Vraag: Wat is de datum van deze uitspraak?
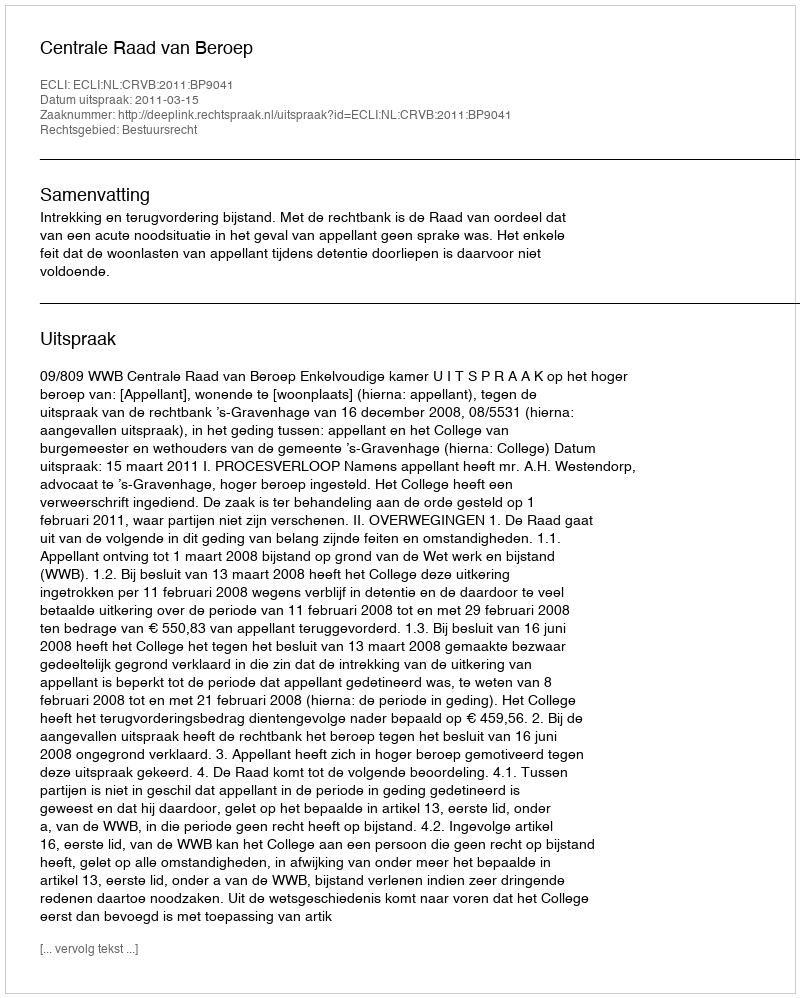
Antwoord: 2011-03-15